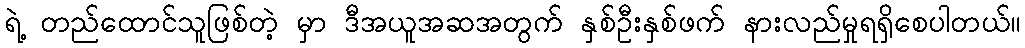
ရဲ့ တည်ထောင်သူဖြစ်တဲ့ မှာ ဒီအယူအဆအတွက် နှစ်ဦးနှစ်ဖက် နားလည်မှုရရှိစေပါတယ်။